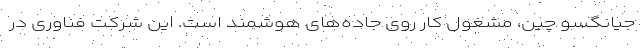
جیانگسو چین، مشغول کار روی جاده‌های هوشمند است. این شرکت فناوری در